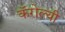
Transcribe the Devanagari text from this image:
कॅरोल्यी